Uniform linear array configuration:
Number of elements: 48
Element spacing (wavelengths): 1
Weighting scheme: uniform
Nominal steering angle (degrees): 15
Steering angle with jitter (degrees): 13.058
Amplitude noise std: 0.05
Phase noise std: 0.05

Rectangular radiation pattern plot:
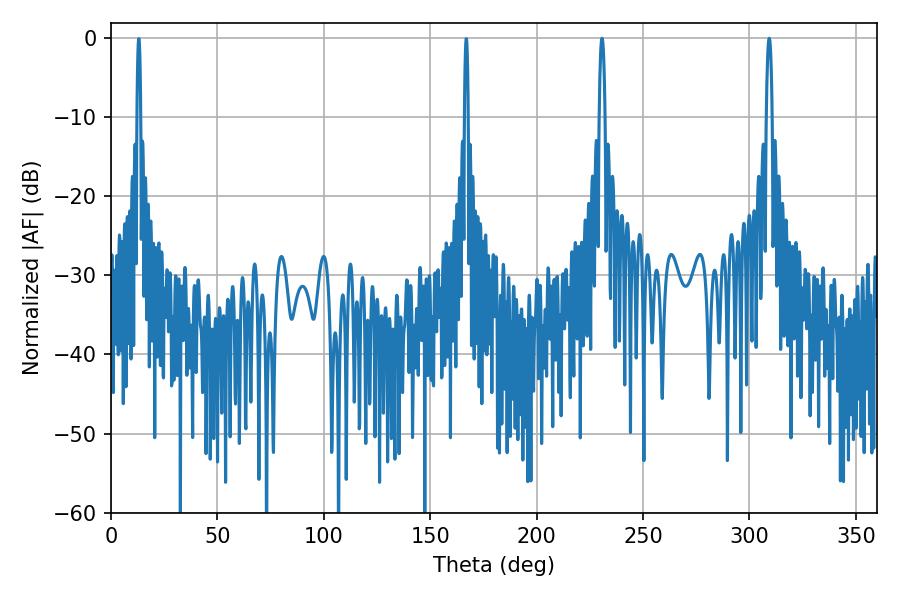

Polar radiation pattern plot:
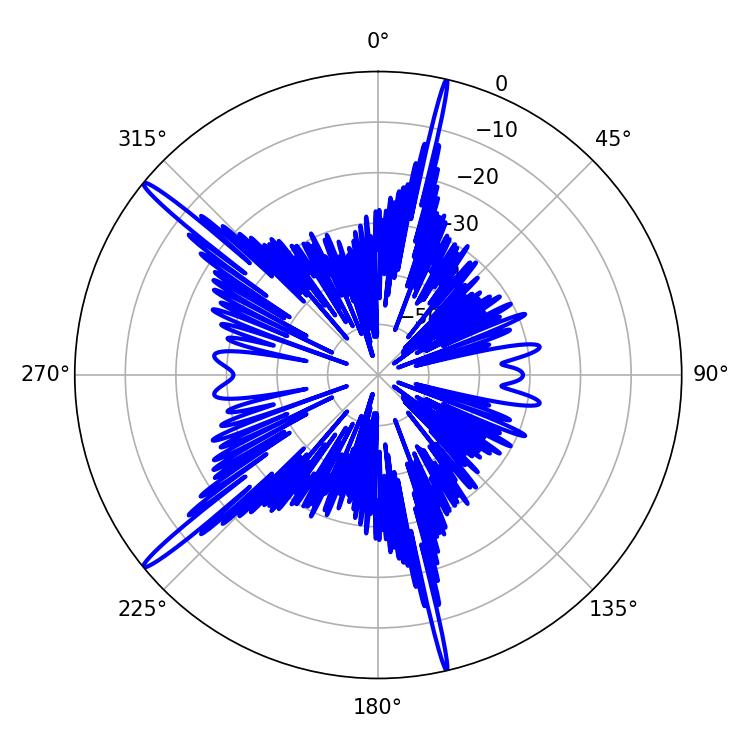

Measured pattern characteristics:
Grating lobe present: TRUE
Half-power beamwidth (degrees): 1.44
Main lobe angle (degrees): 230.76